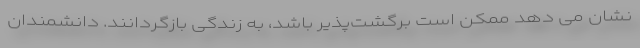
نشان می دهد ممکن است برگشت‌پذیر باشد، به زندگی بازگردانند. دانشمندان